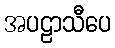
အပဠာသီပေ